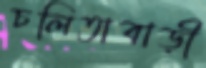
চলিতাবাড়ী